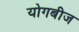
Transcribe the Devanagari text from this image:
योगबीज